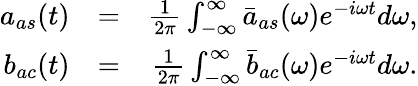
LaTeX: \begin{array}{rlr}{a_{as}(t)}&{=}&{\frac{1}{2\pi}\int_{-\infty}^{\infty}\bar{a}_{as}(\omega)e^{-i\omega t}d\omega,}\\ {b_{ac}(t)}&{=}&{\frac{1}{2\pi}\int_{-\infty}^{\infty}\bar{b}_{ac}(\omega)e^{-i\omega t}d\omega.}\end{array}